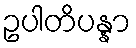
ဥပါတိပန္နာ